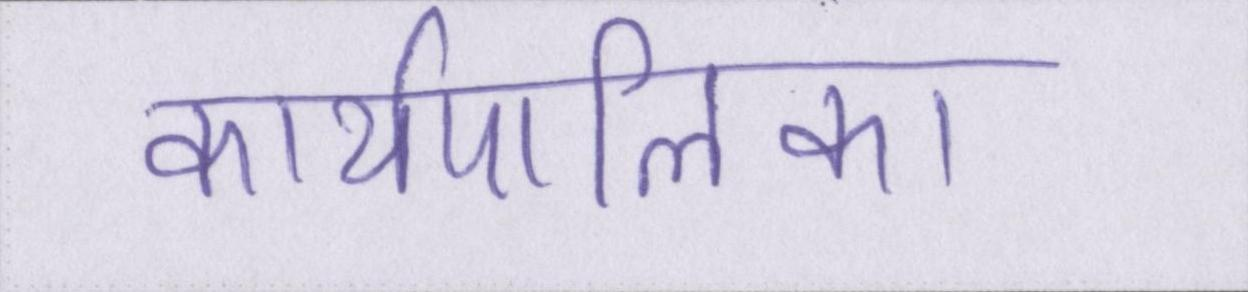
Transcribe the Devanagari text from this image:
कार्यपालिका